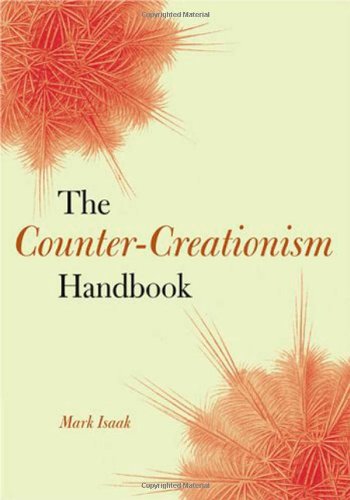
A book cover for The Counter-Creationism Handbook; Mark Isaak; Christian Books & Bibles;